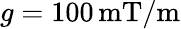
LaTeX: g=100\, \mathrm{mT/m}